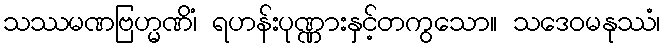
သဿမဏဗြဟ္မဏိံ၊ ရဟန်းပုဏ္ဏားနှင့်တကွသော။ သဒေဝမနုဿံ၊